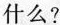
什么?